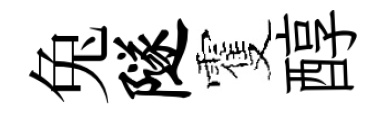
兔隧䨥醇